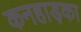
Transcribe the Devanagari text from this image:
कनहाड़का